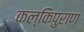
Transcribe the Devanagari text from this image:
कल्किपुराण